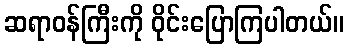
ဆရာဝန်ကြီးကို ဝိုင်းပြောကြပါတယ်။